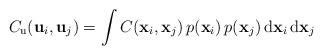
\begin{align*}C_{\mathrm{u}}(\mathbf{u}_{i},\mathbf{u}_{j})=\int C(\mathbf{x}_{i},\mathbf{x}_{j})\, p(\mathbf{x}_{i})\, p(\mathbf{x}_{j})\,\mathrm{d}\mathbf{x}_{i}\,\mathrm{d}\mathbf{x}_{j}\end{align*}